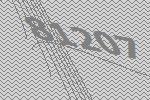
81207